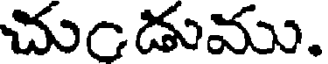
చుండుము.